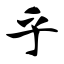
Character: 乎